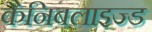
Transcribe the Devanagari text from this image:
कैनिबलाइज्ड